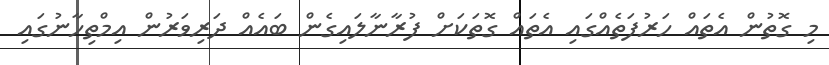
މި ގޮތުން އެތައް ހަރުފަތެއްގައި އެތައް ގޮތަކަށް ފުރާނާލައިގެން ބައެއް ދަރިވަރުން އިމްތިހާނުގައި